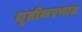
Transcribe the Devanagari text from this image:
सूत्रीकरणात